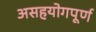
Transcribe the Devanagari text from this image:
असहयोगपूर्ण